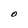
Character: O